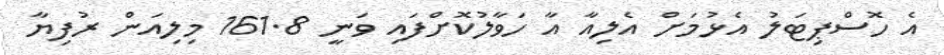
އެ ހޮސްޕިޓަލު އެޅުމަށް އެލިއާ އާ ހަވާލުކޮށްފައި ވަނީ 161.8 މިލިއަން ރުފިޔާ